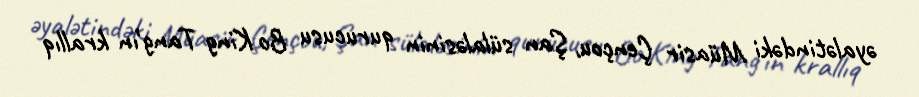
əyalətindəki Müasir Çençou, Şan sülaləsinin qurucusu Bo King Tang'ın krallıq